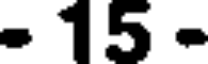
- 15 -